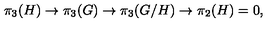
\pi _ { 3 } ( H ) \to \pi _ { 3 } ( G ) \to \pi _ { 3 } ( G / H ) \to \pi _ { 2 } ( H ) = 0 ,